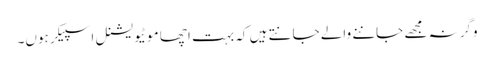
وگرنہ مجھے جاننے والے جانتے ہیں کہ بہت اچھا موٹیویشنل اسپیکر ہوں۔